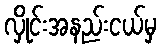
လှိုင်းအနည်းငယ်မှ